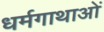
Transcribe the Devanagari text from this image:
धर्मगाथाओं